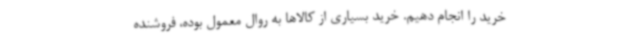
خرید را انجام دهیم. خرید بسیاری از کالاها به روال معمول بوده، فروشنده